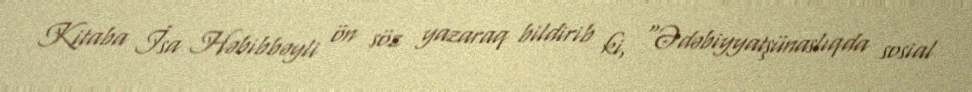
Kitaba İsa Həbibbəyli ön söz yazaraq bildirib ki, “Ədəbiyyatşünaslıqda sosial